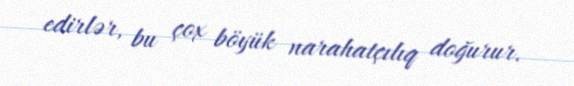
edirlər, bu çox böyük narahatçılıq doğurur.